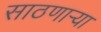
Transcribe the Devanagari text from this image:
साठणाऱ्या